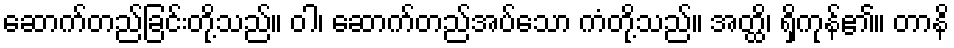
ဆောက်တည်ခြင်းတို့သည်။ ဝါ၊ ဆောက်တည်အပ်သော ကံတို့သည်။ အတ္ထိ၊ ရှိကုန်၏။ တာနိ